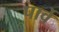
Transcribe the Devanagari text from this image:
पार्वे